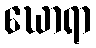
ဃောရာ